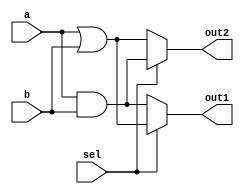
module combinational_logic_overlap (
    input wire [3:0] a,          // Shared input
    input wire [3:0] b,          // Shared input
    input wire sel,              // Control signal for output selection
    output wire [3:0] out1,      // Output for logic function 1
    output wire [3:0] out2       // Output for logic function 2
);

// Intermediate signals for logic functions
wire [3:0] func1;
wire [3:0] func2;

// Logic Function 1: Example - AND operation
assign func1 = a & b;

// Logic Function 2: Example - OR operation
assign func2 = a | b;

// Multiplexer to select between the two outputs based on control signal
assign out1 = sel ? func2 : func1; // Output based on selection
assign out2 = sel ? func1 : func2; // Alternate output for demonstration

endmodule